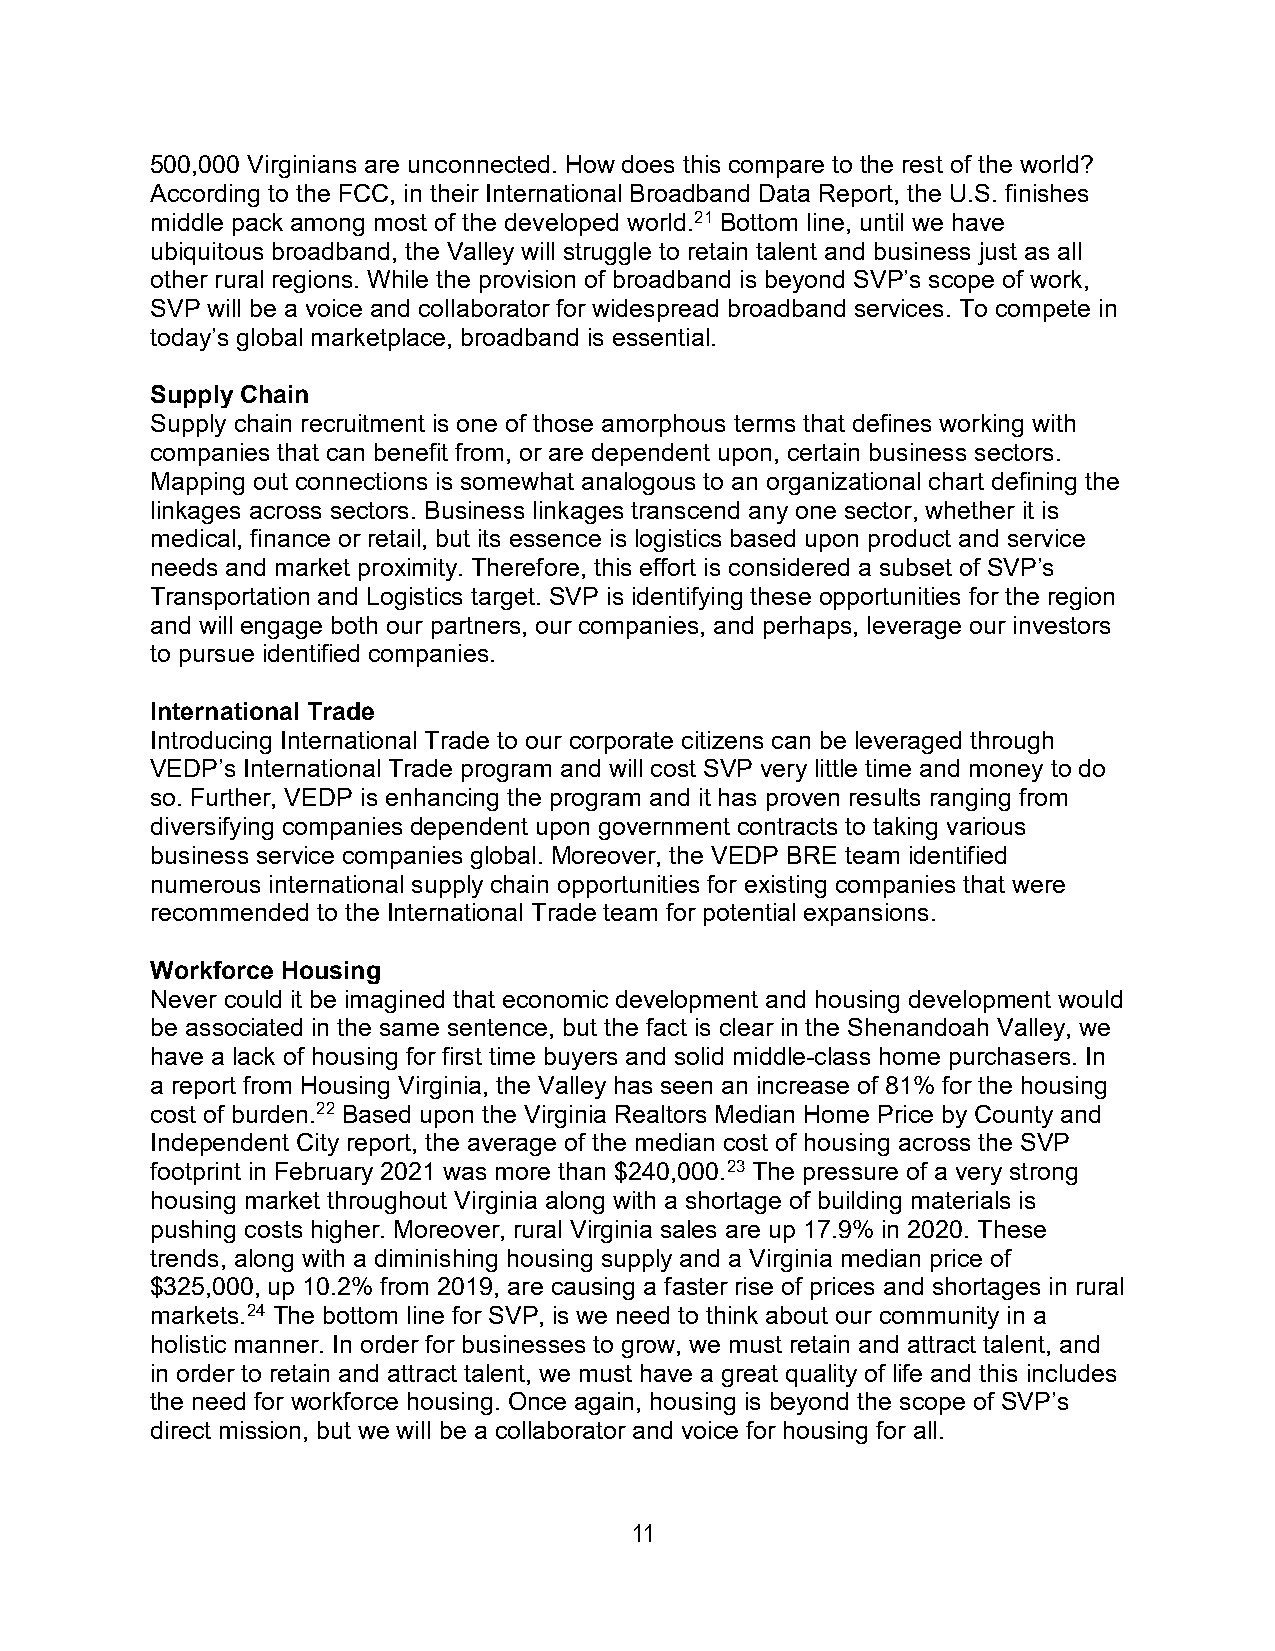
500,000 Virginians are unconnected. How does this compare to the rest of the world?
 According to the FCC, in their International Broadband Data Report, the U.S. finishes
 middle pack among most of the developed world.21 Bottom line, until we have
 ubiquitous broadband, the Valley will struggle to retain talent and business just as all
 other rural regions. While the provision of broadband is beyond SVP’s scope of work,
 SVP will be a voice and collaborator for widespread broadband services. To compete in
 today’s global marketplace, broadband is essential.
 Supply Chain
 Supply chain recruitment is one of those amorphous terms that defines working with
 companies that can benefit from, or are dependent upon, certain business sectors.
 Mapping out connections is somewhat analogous to an organizational chart defining the
 linkages across sectors. Business linkages transcend any one sector, whether it is
 medical, finance or retail, but its essence is logistics based upon product and service
 needs and market proximity. Therefore, this effort is considered a subset of SVP’s
 Transportation and Logistics target. SVP is identifying these opportunities for the region
 and will engage both our partners, our companies, and perhaps, leverage our investors
 to pursue identified companies.
 International Trade
 Introducing International Trade to our corporate citizens can be leveraged through
 VEDP’s International Trade program and will cost SVP very little time and money to do
 so. Further, VEDP is enhancing the program and it has proven results ranging from
 diversifying companies dependent upon government contracts to taking various
 business service companies global. Moreover, the VEDP BRE team identified
 numerous international supply chain opportunities for existing companies that were
 recommended to the International Trade team for potential expansions.
 Workforce Housing
 Never could it be imagined that economic development and housing development would
 be associated in the same sentence, but the fact is clear in the Shenandoah Valley, we
 have a lack of housing for first time buyers and solid middle-class home purchasers. In
 a report from Housing Virginia, the Valley has seen an increase of 81% for the housing
 cost of burden.22 Based upon the Virginia Realtors Median Home Price by County and
 Independent City report, the average of the median cost of housing across the SVP
 footprint in February 2021 was more than $240,000.23 The pressure of a very strong
 housing market throughout Virginia along with a shortage of building materials is
 pushing costs higher. Moreover, rural Virginia sales are up 17.9% in 2020. These
 trends, along with a diminishing housing supply and a Virginia median price of
 $325,000, up 10.2% from 2019, are causing a faster rise of prices and shortages in rural
 markets.24 The bottom line for SVP, is we need to think about our community in a
 holistic manner. In order for businesses to grow, we must retain and attract talent, and
 in order to retain and attract talent, we must have a great quality of life and this includes
 the need for workforce housing. Once again, housing is beyond the scope of SVP’s
 direct mission, but we will be a collaborator and voice for housing for all.
 11